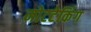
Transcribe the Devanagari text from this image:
नोटटेकिंग